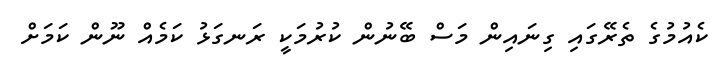
ކެއުމުގެ ތެރޭގައި ގިނައިން މަސް ބޭނުން ކުރުމަކީ ރަނގަޅު ކަމެއް ނޫން ކަމަށް